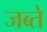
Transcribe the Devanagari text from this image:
जब्ते